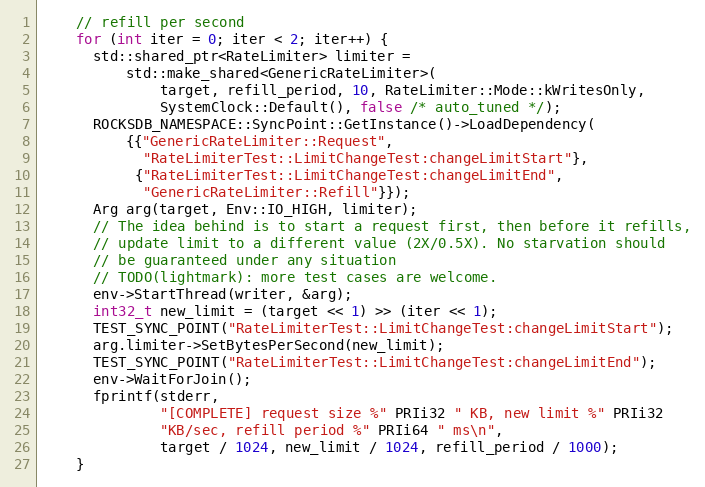
Language: C++
    // refill per second
    for (int iter = 0; iter < 2; iter++) {
      std::shared_ptr<RateLimiter> limiter =
          std::make_shared<GenericRateLimiter>(
              target, refill_period, 10, RateLimiter::Mode::kWritesOnly,
              SystemClock::Default(), false /* auto_tuned */);
      ROCKSDB_NAMESPACE::SyncPoint::GetInstance()->LoadDependency(
          {{"GenericRateLimiter::Request",
            "RateLimiterTest::LimitChangeTest:changeLimitStart"},
           {"RateLimiterTest::LimitChangeTest:changeLimitEnd",
            "GenericRateLimiter::Refill"}});
      Arg arg(target, Env::IO_HIGH, limiter);
      // The idea behind is to start a request first, then before it refills,
      // update limit to a different value (2X/0.5X). No starvation should
      // be guaranteed under any situation
      // TODO(lightmark): more test cases are welcome.
      env->StartThread(writer, &arg);
      int32_t new_limit = (target << 1) >> (iter << 1);
      TEST_SYNC_POINT("RateLimiterTest::LimitChangeTest:changeLimitStart");
      arg.limiter->SetBytesPerSecond(new_limit);
      TEST_SYNC_POINT("RateLimiterTest::LimitChangeTest:changeLimitEnd");
      env->WaitForJoin();
      fprintf(stderr,
              "[COMPLETE] request size %" PRIi32 " KB, new limit %" PRIi32
              "KB/sec, refill period %" PRIi64 " ms\n",
              target / 1024, new_limit / 1024, refill_period / 1000);
    }